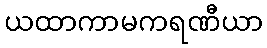
ယထာကာမကရဏီယာ